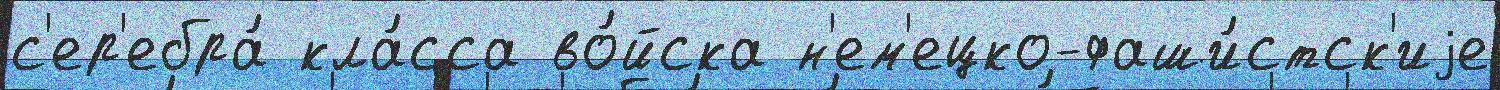
с'ер'ебра́ кла́сса во́йска н'ем'ецко-фаши́стск'иjе